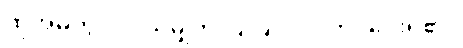
ထိုအိမ်တွင် လိုသမျှကို ပြုပြင်လုပ်ကိုင်ပေးရ၏။